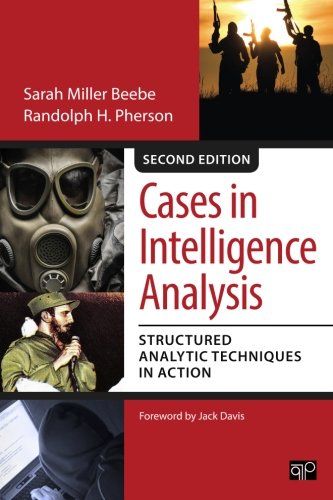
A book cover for Cases in Intelligence Analysis; Structured Analytic Techniques in Action; Biographies & Memoirs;